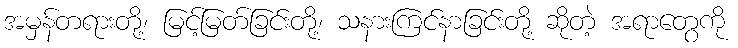
အမှန်တရားတို့၊ မြင့်မြတ်ခြင်းတို့၊ သနားကြင်နာခြင်းတို့ ဆိုတဲ့ အရာတွေကို